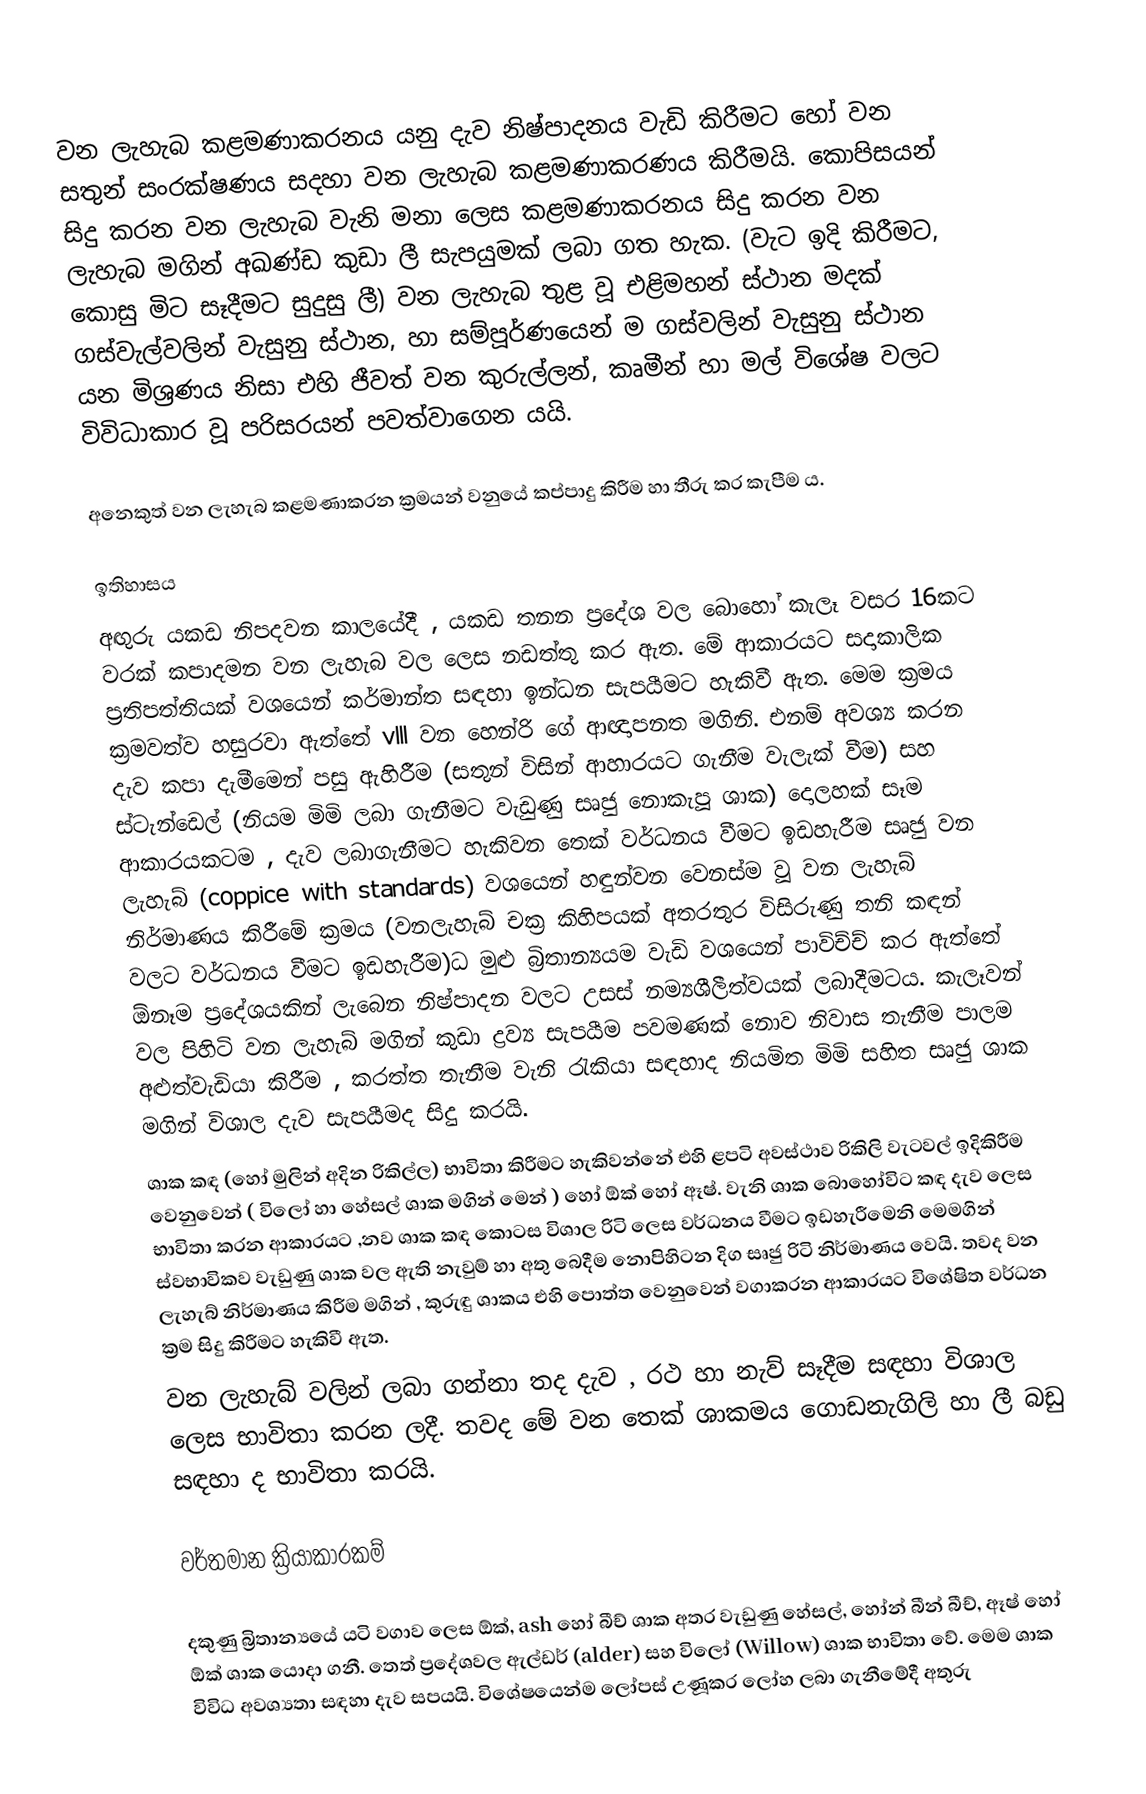
වන ලැහැබ කළමණාකරනය යනු දැව නිෂ්පාදනය වැඩි කිරීමට හෝ වන සතුන් සංරක්ෂණය සදහා වන ලැහැබ කළමණාකරණය කිරීමයි. කොපිසයන් සිදු කරන වන ලැහැබ වැනි මනා ලෙස කළමණාකරනය සිදු කරන වන ලැහැබ මගින් අඛණ්ඩ කුඩා ලී සැපයුමක් ලබා ගත හැක. (වැට ඉදි කිරීමට, කොසු මිට සෑදීමට සුදුසු ලී) වන ලැහැබ තුළ වූ එළිමහන් ස්ථාන මදක් ගස්වැල්වලින් වැසුනු ස්ථාන, හා සම්පූර්ණයෙන් ම ගස්වලින් වැසුනු ස්ථාන යන මිශ්‍රණය නිසා එහි ජීවත් වන කුරුල්ලන්, කෘමීන් හා මල් විශේෂ වලට විවිධාකාර වූ පරිසරයන් පවත්වාගෙන යයි.

අනෙකුත් වන ලැහැබ කළමණාකරන ක්‍රමයන් වනුයේ කප්පාදු කිරීම හා තීරු කර කැපීම ය.

ඉතිහාසය
අඟුරු යකඩ නිපදවන කාලයේදී , යකඩ තනන ප්‍රදේශ වල බොහෝ කැලෑ වසර 16කට වරක් කපාදමන වන ලැහැබ වල ලෙස නඩත්තු කර ඇත. මේ ආකාරයට සදාකාලික ප්‍රතිපත්තියක් වශයෙන් කර්මාන්ත සඳහා ඉන්ධන සැපයීමට හැකිවී ඇත. මෙම ක්‍රමය ක්‍රමවත්ව හසුරවා ඇත්තේ vlll වන හෙන්රි ගේ ආඥාපනත මගිනි. එනම් අවශ්‍ය කරන දැව කපා දැමීමෙන් පසු ඇහිරීම (සතුන් විසින් ආහාරයට ගැනීම වැලැක් වීම) සහ ස්ටැන්ඩෙල් (නියම මිමි ලබා ගැනීමට වැඩුණු සෘජු නොකැපූ  ශාක) දොලහක් සෑම ආකාරයකටම , දැව ලබාගැනීමට හැකිවන තෙක් වර්ධනය වීමට ඉඩහැරීම සෘජු වන ලැහැබ් (coppice with standards) වශයෙන් හඳුන්වන ‍වෙනස්ම වූ වන ලැහැබ් නිර්මාණය කිරීමේ ක්‍රමය (වනලැහැබ් චක්‍ර කිහිපයක් අතරතුර විසිරුණු තනි කඳන් වලට වර්ධනය වීමට ඉඩහැරීම)ධ මුළු බ්‍රිතාන්‍යයම වැඩි වශයෙන් පාවිච්ච් කර ඇත්තේ ඕනෑම ප්‍රදේශයකින් ලැබෙන නිෂ්පාදන වලට උසස් නම්‍යශීලීත්වයක් ලබාදීමටය. කැලෑවන් වල පිහිටි වන ලැහැබ් මගින් කුඩා ද්‍රව්‍ය සැපයීම පවමණක් නොව නිවාස තැනීම පාලම අළුත්වැඩියා කිරීම , කරත්ත තැනීම වැනි රැකියා සඳහාද නියමිත මිමි සහිත සෘජු ශාක මගින් විශාල දැව සැපයීමද සිදු කරයි.
ශාක කඳ (හෝ මුලින් අදින රිකිල්ල) භාවිතා කිරීමට හැකිවන්නේ එහි ළපටි අවස්ථාව රිකිලි වැටවල් ඉදිකිරීම වෙනුවෙන් ( විලෝ හා හේසල් ශාක මගින් මෙන් ) හෝ ඕක් හෝ ඈෂ්.  වැනි ශාක බොහෝවිට කඳ දැව ලෙස භාවිතා කරන ආකාරයට ,නව ශාක කඳ කොටස විශාල රිටි ලෙස වර්ධනය වීමට ඉඩහැරීමෙනි මෙමගින් ස්වභාවිකව වැඩුණු ශාක වල ඇති නැවුම් හා අතු බෙදීම නොපිහිටන දිග සෘජු රිටි නිර්මාණය වෙයි. තවද වන ලැහැබ් නිර්මාණය කිරීම මගින් , කුරුඳු ශාකය එහි පොත්ත වෙනුවෙන් වගාකරන ආකාරයට විශේෂිත වර්ධන ක්‍රම සිදු කිරීමට හැකිවී ඇත.
වන ලැහැබ් වලින් ලබා ගන්නා තද දැව , රථ හා නැව් සෑදීම සඳහා විශාල ලෙස භාවිතා කරන ලදී. තවද මේ වන තෙක් ශාකමය ගොඩනැගිලි හා ලී බඩු සඳහා ද භාවිතා කරයි.

වර්තමාන ක්‍රියාකාරකම්

දකුණු බ්‍රිතාන්‍යයේ යටි වගාව ලෙස ඕක්,  ash හෝ බීච් ශාක අතර වැඩුණු හේසල්, හෝන් බීන් බීච්, ඈෂ් හෝ ඕක් ශාක යොදා ගනී. තෙත් ප්‍රදේශවල ඇල්ඩර් (alder)  සහ විලෝ (Willow) ශාක භාවිතා වේ. මෙම ශාක විවිධ අවශ්‍යතා සඳහා දැව සපයයි. විශේෂයෙන්ම ලෝපස් උණූකර ලෝහ ලබා ගැනීමේදී අතුරු